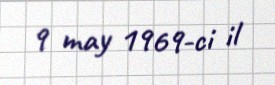
9 may 1969-ci il